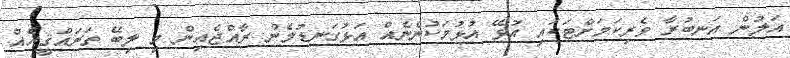
އަލުން އަނބުރާ ވެރިކަމަށްޓަކައި އުޅޭ އުޅުމަކުންނެއް އަޅުގަނޑުމެން ރާއްޖެއިން މި ލިބޭ ތަރައްޤީއެއް